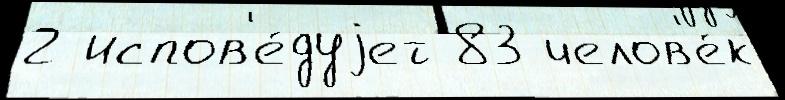
2 испов'е́дуjет 83 челов'е́к